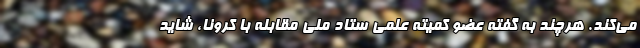
می‌کند. هرچند به گفته عضو کمیته علمی ستاد ملی مقابله با کرونا، شاید